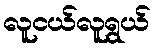
လူငယ်လူရွယ်